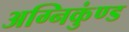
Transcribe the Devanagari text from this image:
अग्निकुंण्ड